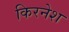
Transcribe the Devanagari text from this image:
किरनेश